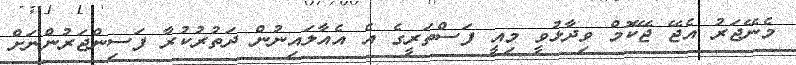
މެނޭޖަރު އެޖޭ ޖޭކޮމް ވިދާޅުވީ މިއީ ފަސްތަރީގެ އެ އެއާލައިނުން ދަތުުރުކުރާ ފަސިންޖަރުންނަށް